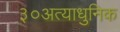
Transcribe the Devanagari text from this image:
३०अत्याधुनिक